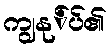
ကျွနု်ပ်၏